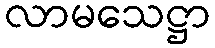
လာမသေဋ္ဌာ